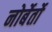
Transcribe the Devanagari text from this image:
नोर्बेर्तो